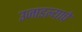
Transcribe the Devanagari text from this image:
उजाडल्याचे